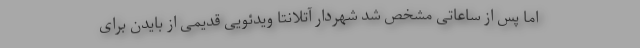
اما پس از ساعاتی مشخص شد شهردار آتلانتا ویدئویی قدیمی از بایدن برای